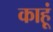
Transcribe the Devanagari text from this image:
काहूं